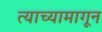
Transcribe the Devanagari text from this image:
त्याच्यामागून